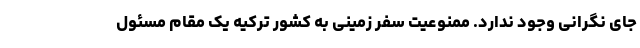
جای نگرانی وجود ندارد. ممنوعیت سفر زمینی به کشور ترکیه یک مقام مسئول